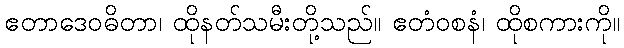
ဧတာဒေဝဓိတာ၊ ထိုနတ်သမီးတို့သည်။ ဧတံဝစနံ၊ ထိုစကားကို။